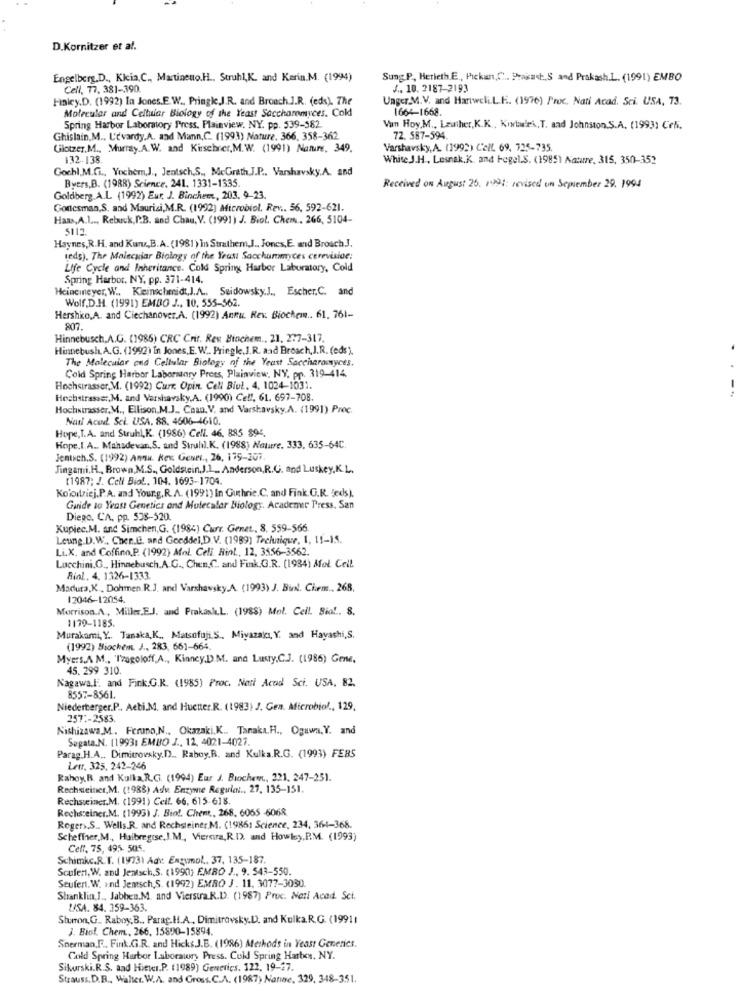
D.Kornitzer et al.
Engelberg.D ., Kicia.C ., Martineuo.H .. Struhl,K. and Kerin.M. (1994)
Sung P, Herieth.E ., Pickan,C. Praiast ., S and Prakash.L. (1991) EMBO
Cell, 77, 381-390.
J .. 10. 2187-2193
Finley.D. (1992) In Jones.E.W ., Pringle,J.R. and Broach J.R. (eds). The
Unger.M.V. and Hartweli.L.E. (1976) Proc. Nati Acad. Sci. USA, 73.
Molecular and Cellular Biology of the Yeast Saccharomyces. Cold
1664-1668.
Spring Harbor Laboratory Press. Plainview. NY. pp. 539-582
Van Hoy,M ., Leather, K.K ., Kırtairi,T. and Johnston.S.A. (1993) Cehi.
Ghislain.M ., Udvardy.A. and Mann,C. (1993) Nature. 366, 358-362.
72. 587-594.
Glotzer.M ., Murray.A.W. and Kirschrer,M.W. (1991) Nature, 349.
Varshavsky, A. (1992) CEIL 69, 735-735.
132-138.
White J.H ., Lesnak.K. and Pegel.S. (1985) Nature, 315, 350-352
Gochl, M.Ci ., Yocher,J ., Jentsch.S ., MeGrath J.P ., Varshavsky.A. and
Byers.B. (1988) Science, 241, 1331-1335.
Received on August 26. 1991: revised on September 29. 1994
Goldberg.A.L. (1992) Eur. J. Bincheer, 203. 9-23.
Gottesman,S. and Maurizi,M.R. (1992) Microbiol. Rev .. 56, 592-621.
Haas, A.L ., Rebuck, P.B. and Chau, V. (1991) J. Biol. Chem .. 266, 5104-
5113
Haynes, R.H. and Kuru,B.A. (1981) In Strathem,J ., Jones,E. and Brosch.J.
tede). The Molecular Biology of the Yeast Saccharomyces cereviside:
Life Cycle and Inheritance. Cold Spring Harbor Laboratory, Cold
Spring Harbor, NY. pp. 371-414.
Heineineyer, W ., Kleinschmidt,J.A .. Seidowsky.J ., Escher.C. and
Wolf,D.H. (1991) EMBO J ., 10, 555-562.
Hershiko.A. and Ciechanover.A. (1992) Annu Rev. Biochem .. 61, 761-
807
Hinnebusch,A.G. (1985) CRC Crit. Res Binchem ., 21, 277-317.
Hinnebush.A.G. (1992) In Jones,E. W. Pringle.J.R. aad Broach, J.R. (eds).
The Molecular and Cellular Biology of the Yeast Saccharomyces,
Cold Spring Harbor Laborstary Press, Plainview, NY. pp. 319-414
Hochstrasser.M. (1992) Curr. Opin. Cell Biol. 4. 1024-1031.
Hochstrasse :, M. and Varshavsky.A. (1990) Cell, 61. 697-708.
Hochstrasser. M ., Ellison,M.J .. Chan. V. and Varsavsky.A. (1991) Proc.
Natl Aced. Sci. USA. 88. 4606-4610.
Hope, T.A. and Struhl,K. (1986) Cell. 46. 885 894.
Hope.I.A .. Mahadevan.S. und Struhil.K. (1988) Nature. 333, 635-64C.
Jentsch.S. (1992) Annu. Kev Genti ., 26, 179-207.
Jingami, H ., Brown,M.S ., Goldstein,J.1 .. Anderson,R.C. and Luskey,K.L.
(1987; J. Cell Biol. 104. 1693-1704.
Koiodriej. P.A. and Your.g. R.A. (1991) In Guthrie.C. and Fink.G.R. jeds).
Guide to Yeast Genetics and Mulecalar Biology. Academer Press. San
Diego, CA, pp. 538-520.
Kupiec.M. and Simchen, G. (1984) Curr. Genet ., 8. 559-566.
Leung.D.W .. Cher .. E. and Goeddel,D.V. (1989) Technique, 1, 11-15.
Li.X. and Coffino.P. (1992) Afnl. Celi Rint ., 12, 3556-3562.
Lucchini.G ., Hinnebusch.A.G ., Chen,C. and Fink.G.R. (1984) Mol Cell
Rial .. 4. 1326-1333.
Madura,K ., Dohmen.R.J. and Varshavsky.A. (1993) J. Bint. Ciem .. 268.
12046-12054.
Morrison.A ., Miller.E.J. and Prakash.L. (1988) Mol. Cell. Sia !.. 8.
1179-1185.
Murakami, Y .. Tanaka,K ., Matsofuji.S ., Miyazaki, Y, and Hayashi,S.
(1992) Biochem. J ., 283, 661-664.
Myers.A M ., 'Tzagoloff,A ., Kinney.D.M. and Lusty.C.J. (1986) Gene.
45. 299 310.
Nagawa.l. and Fink.G.R. (1985) Proc. Nati Acad Sci. USA, 82.
8557-8561.
Niederberger.P ., Aebi.M. and Huetter.R. (1983) J. Gen. Aficrobiol ., 129,
257 :- 2583.
Nishizawa.M. Feruno, N ., Okazaki. K .. Tanaka.H ., Ogawa,Y. and
Segata.N. 11993: EMBO J ., 12, 4021-4027.
Parag.H.A .. Dimitrovsky.D .. Raboy.R. and Kulka.R.G. (1993) FEBS
Lerr. 325, 242-246
Rahoy. B. and Kulla.R.G. (1994) Eur J. Biochem ., 221, 247-251.
Rechsteiner, M. (1988) Adu Enzyme Regulat ., 27, 135-151.
Rechsteiner.M. (1991) Cell. 66, 615-618.
Rechsteiner.M. (1993) J. Bio !. Chent ., 268, 6055 -6068
Rogers.S .. Wells.R. and Rechsteiner.M. (19861 Science, 234, 364-368.
Scheffer,M ., Haibregtse,J.M ., Viersira,R.D. and Howlesy, RM. (1993)
Cell. 75, 495- 505.
Schimkc.R.T. (1973) Adv: Engymol .. 37, 135-187.
Scufert, W. and Jentsch.S. (1990) EMBO J ., 9. 543-550.
Seufert. W. and Jentsch,S. (1992) EMRO J. 11. 3077-3030.
Shanklin,J ., Jabhen.M. and Vierstra.R.D. (1987) Proc. Netl Acad. Sci.
USA. 84. 359-363.
Sharon,G. Raboy. B ., Parag.H.A ., Dimitrovsky.D. and Kulka.R.G. (19911
J. Biol. Chem ., 266, 15890-15894.
Sherman,F ., Fink.G.R. and HicksJ.B. (1986) Methods in Yeast Generics.
Cold Spring Harbor 1.aboratory Press. Cold Spring Harbes, NY.
Sikurski.R.S. and Hieter.P. (1989) Generics. 122, 19-27.
Strauss. D.B ., Walter. W.A. and Gross. C.A. (1987) Nanne, 329, 348-351.